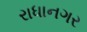
રાધાનગર